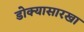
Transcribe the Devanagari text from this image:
डोक्यासारखा